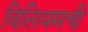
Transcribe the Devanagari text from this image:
विलियमची